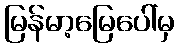
မြန်မာ့မြေပေါ်မှ